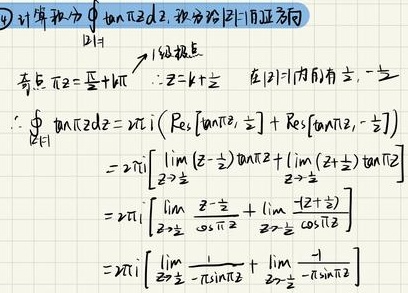
\[
\begin{align*}
&\text{计算积分}\oint_{|z| = 1}\tan(\pi z)dz,\text{ 积分沿}|z| = 1\text{ 正方向}\\
&\text{奇点: }\pi z=\frac{\pi}{2}+k\pi\Rightarrow z = k+\frac{1}{2}\text{ 在}|z| = 1\text{ 内有 }\frac{1}{2},-\frac{1}{2}\\
&\therefore\oint_{|z| = 1}\tan(\pi z)dz=2\pi i\left(\text{Res}\left[\tan(\pi z),\frac{1}{2}\right]+\text{Res}\left[\tan(\pi z),-\frac{1}{2}\right]\right)\\
&=2\pi i\left[\lim_{z\rightarrow\frac{1}{2}}\left(z - \frac{1}{2}\right)\tan(\pi z)+\lim_{z\rightarrow-\frac{1}{2}}\left(z+\frac{1}{2}\right)\tan(\pi z)\right]\\
&=2\pi i\left[\lim_{z\rightarrow\frac{1}{2}}\frac{z-\frac{1}{2}}{\cos(\pi z)}+\lim_{z\rightarrow-\frac{1}{2}}\frac{z + \frac{1}{2}}{\cos(\pi z)}\right]\\
&=2\pi i\left[\lim_{z\rightarrow\frac{1}{2}}\frac{1}{-\pi\sin(\pi z)}+\lim_{z\rightarrow-\frac{1}{2}}\frac{1}{-\pi\sin(\pi z)}\right]
\end{align*}
\]